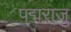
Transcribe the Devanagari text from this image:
पद्मराजु